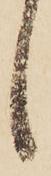
候